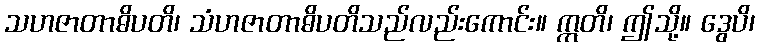
သဟဇာတာဓိပတိ၊ သံဟဇာတာဓိပတိသည်လည်းကောင်း။ ဣတိ၊ ဤသို့။ ဒွေပိ၊